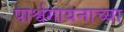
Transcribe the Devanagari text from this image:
पार्श्वगायनाच्या